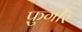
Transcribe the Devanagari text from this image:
फ़ुगीर